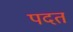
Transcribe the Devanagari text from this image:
पदत